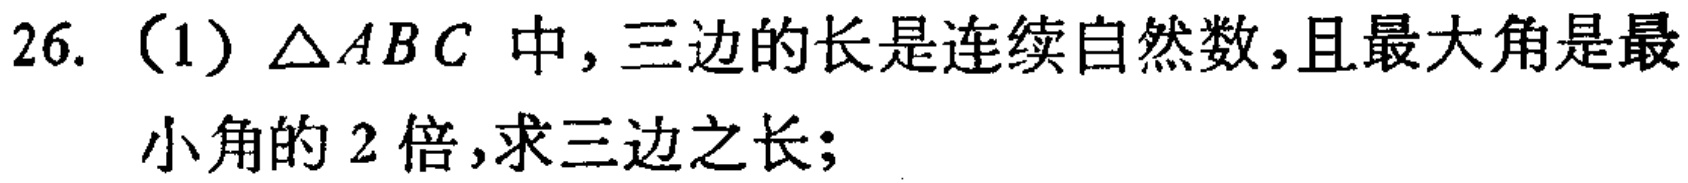
26.（1）$\triangle ABC$中，三边的长是连续自然数，且最大角是最小角的$2$倍，求三边之长；